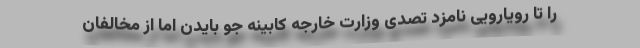
را تا رویارویی نامزد تصدی وزارت خارجه کابینه جو بایدن اما از مخالفان